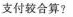
支付较合算?